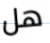
هل